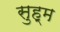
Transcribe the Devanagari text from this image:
सुह्म